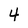
Character: 4